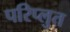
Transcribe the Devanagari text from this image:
परिप्लुत